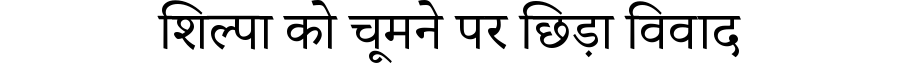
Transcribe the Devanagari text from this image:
शिल्पा को चूमने पर छिड़ा विवाद